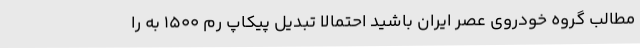
مطالب گروه خودروی عصر ایران باشید احتمالا تبدیل پیکاپ رم 1500 به را